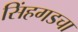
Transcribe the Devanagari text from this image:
सिंहगडचा